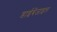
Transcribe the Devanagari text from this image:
डाईबेंजाइल